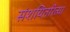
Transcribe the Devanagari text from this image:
संशयितरित्या